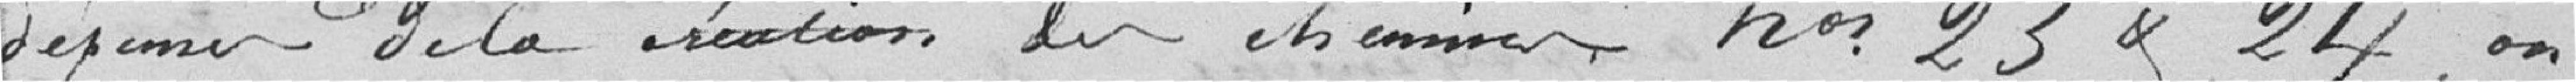
dépenses de la création des chemins nos 23 & 24, on